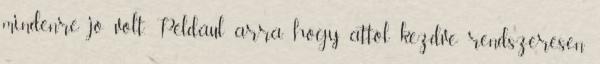
mindenre jó volt. Például arra, hogy attól kezdve rendszeresen